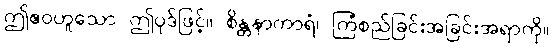
ဤဧဝဟူသော ဤပုဒ်ဖြင့်။ စိန္တနာကာရံ၊ ကြံစည်ခြင်းအခြင်းအရာကို။